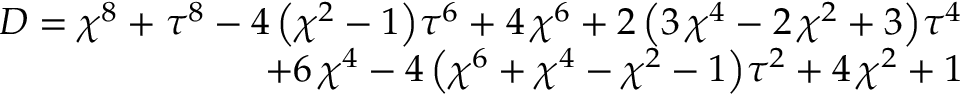
\begin{array} { r } { D = { \chi } ^ { 8 } + { \tau } ^ { 8 } - 4 \, { \left( { \chi } ^ { 2 } - 1 \right) } { \tau } ^ { 6 } + 4 \, { \chi } ^ { 6 } + 2 \, { \left( 3 \, { \chi } ^ { 4 } - 2 \, { \chi } ^ { 2 } + 3 \right) } { \tau } ^ { 4 } } \\ { + 6 \, { \chi } ^ { 4 } - 4 \, { \left( { \chi } ^ { 6 } + { \chi } ^ { 4 } - { \chi } ^ { 2 } - 1 \right) } { \tau } ^ { 2 } + 4 \, { \chi } ^ { 2 } + 1 } \end{array}